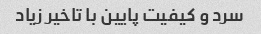
سرد و کیفیت پایین با تاخیر زیاد